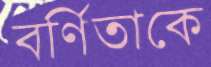
বর্ণিতাকে